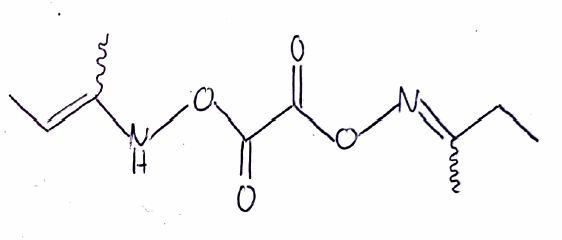
Simplified molecular-input line-entry system (SMILES) notation of the given molecule:
CCC(=NOC(=O)C(=O)ONC(=CC)C)C